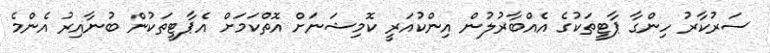
ސަރުކާރު ހިންގާ ޕާޓީތަކުގެ އެއްބާރުލުން އިންކުއަރީ ކޮމިޝަނަށް އޮތްކަމަށް އެޕާޓީތަކުން ބުނާއިރު އެންމެ